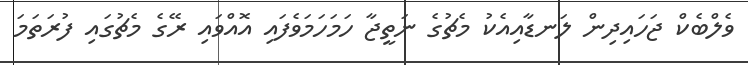
ވެލްބެކް ޖަހައިދިން ލަނޑާއިއެކު މެޗުގެ ނަތީޖާ ހަމަހަމަވެފައި އޮއްވައި ރޭގެ މެޗުގައި ފުރަތަމަ